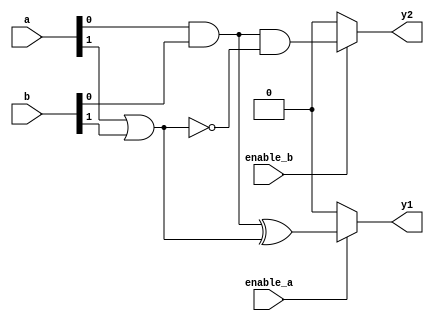
module combinational_logic (
    input wire [3:0] a,      // 4-bit input signal a
    input wire [3:0] b,      // 4-bit input signal b
    input wire enable_a,      // Enable signal for output y1
    input wire enable_b,      // Enable signal for output y2
    output wire y1,          // Output 1
    output wire y2           // Output 2
);

// Shared logic block - Example of shared logic for common sub-expressions
wire common_logic1;
wire common_logic2;

// Implement shared logic here
assign common_logic1 = a[0] & b[0];    // Example shared logic expression 1
assign common_logic2 = a[1] | b[1];    // Example shared logic expression 2

// Output logic blocks
assign y1 = enable_a ? (common_logic1 ^ common_logic2) : 1'b0; // Output 1 logic using shared terms
assign y2 = enable_b ? (common_logic1 & ~common_logic2) : 1'b0; // Output 2 logic using shared terms

endmodule